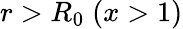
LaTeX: r>R_{0}\; (x>1)